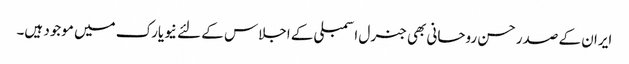
ایران کے صدر حسن روحانی بھی جنرل اسمبلی کے اجلاس کے لئے نیویارک میں موجود ہیں۔